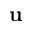
{ \bf u }